Vaccination in Bombay 1913-1923 - 1913-1923
Year: 1913
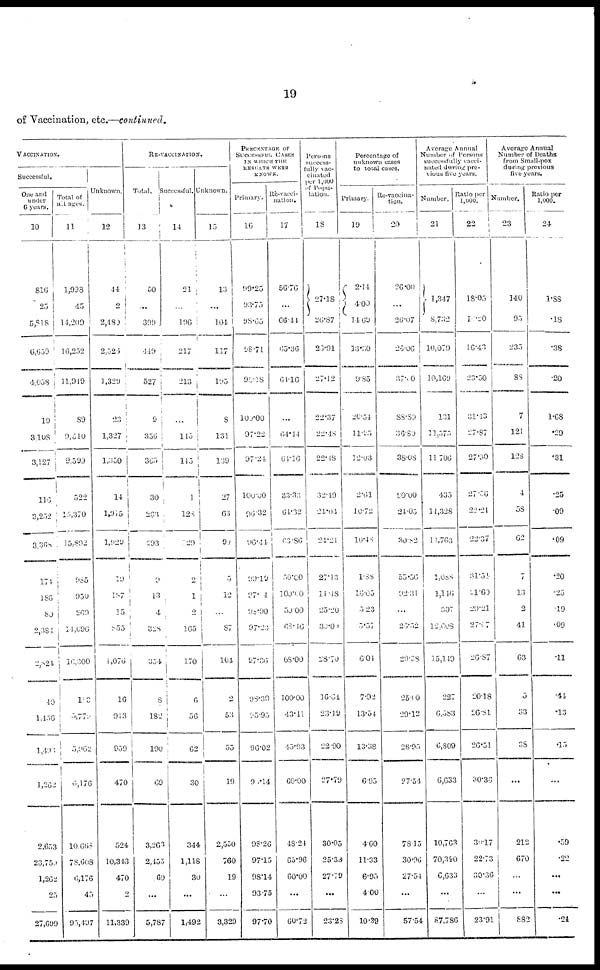
19
of Vaccination, etc.—continued.
VACCINATION.
Successful.
One and
under
6 years.
10
816
25
5,818
6 , 6 5 9
4,058
19
3,108
3,127
116
3,252
3,368
174
186
80
2,384
2,824
40
1,456
1,496
1,262
2.653
23,750
1,262
25
27,699
Total of
all ages.
11
1,998
45
14,209
16,252
11,919
89
9,510
9,599
522
15,370
15,892
985
950
269
14,696
16,300
183
5,779
5,962
6,176
10,668
78,608
6,176
45
95,497
Unknown.
12
44
2
2,480
2,526
1,329
23
1,327
1,350
14
1,915
1,929
19
187
15
855
1,076
16
913
959
470
524
10,343
470
2
11,339
RE-VACCINATION.
Total.
13
50
...
399
449
527
9
356
365
30
263
293
9
13
4
328
354
8
182
190
69
3,263
2,455
.69
...
5,787
Successful.
14
21
...
196
217
213
...
145
145
1
128
129
2
1
2
165
170
6
56
62
30
344
1,118
30
...
1,492
Unknown.
15
13
...
104
117
195
8
131
139
27
63
90
5
12
...
87
104
2
53
55
19
2,550
760
19
...
3,329
PERCENTAGE OF
SUCCESSFUL CASES
IN WHICH THE
RESULTS WERE
KNOWN.
Primary.
16
99.25
93.75
98.65
98.71
98.18
100.00
97.22
97.24
100.00
96.32
96.44
99.19
97.04
98.90
97.23
97.36
98.39
95.95
96.02
98.14
98.26
97.15
98.14
93.75
97.70
Re-vacci-
nation.
17
56.76
...
66.44
65.36
64.16
...
64.44
64.16
33.33
64.32
63.86
50.00
100.00
50.00
68.46
68.00
100.00
43.41
45.93
60.00
48.24
65.96
60.00
...
60.72
Persons
success-
fully vac-
cinated
per 1,000
of Popu-
lation.
18
27.18
26.87
26.91
27.12
22.37
22.48
22.48
32.19
24.04
24. 21
27.13
14.48
25.20
30.00
28.70
16.64
23.19
22.90
27.79
30.05
25.33
27.79
...
23.28
Percentage of
unknown cases
to total cases.
Primary.
19
2.14
4.00
14.69
13.50
9.85
20.54
11.95
12.03
2.61
10.72
10.48
1.88
16.65
5.23
5.57
6.04
7.92
13.54
13.38
6.95
4.60
11.33
6.95
4.00
10.39
Re-vaccina-
tion.
20
26.00
...
26.07
26.06
37.00
88.89
36.80
38.08
90.00
24.05
30.82
55.56
92.31
...
26.52
29.38
25.00
29.12
28.95
27.54
78.15
30.96
27.54
...
57.54
Average Annual
Number of Persons
successfully vacci-
nated during pre-
vious five years.
Number.
21
1,347
8,732
10,079
10,169
131
11,575
11,706
435
14,328
14,763
1,088
1,146
307
12,608
15,149
227
6,583
6,809
6,633
10,763
70,390
6,633
...
87,786
Ratio per
1,000.
22
18.05
14.20
16.43
23.50
31.43
27.87
27.90
27.56
22.24
22.37
31.54
21.69
29.21
27.67
26.87
20.18
26.81
26.51
30.36
30.17
22.73
30.36
...
23.91
Average Annual
Number of Deaths
from Small-pox
during previous
five years.
Number.
23
140
95
235
88
7
121
128
4
58
62
7
13
2
41
63
5
33
38
...
212
670
...
...
882
Ratio per
1,000.
24
1.88
.18
.38
.20
1.68
.29
.31
.25
.09
.09
.20
.25
.19
.09
.11
.44
.13
.15
...
.59
.22
...
...
.24